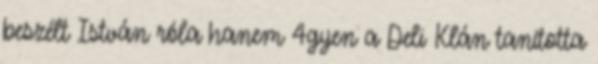
beszélt István róla hanem 4gyen a Deli Klán tanította